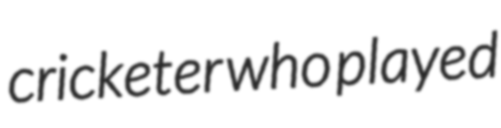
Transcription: cricketer who played